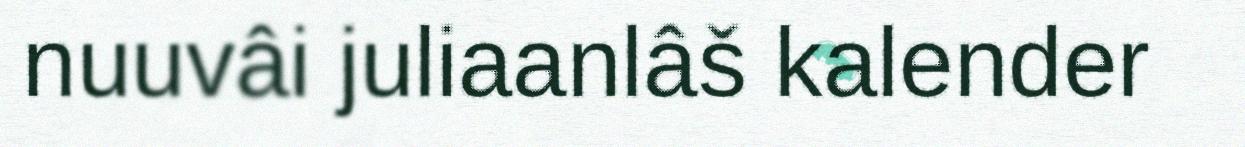
nuuvâi juliaanlâš kalender